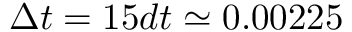
\Delta t = 1 5 d t \simeq 0 . 0 0 2 2 5